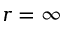
r = \infty